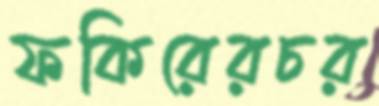
ফকিরেরচর